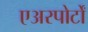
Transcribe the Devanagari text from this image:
एअरपोर्टों